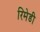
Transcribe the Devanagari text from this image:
रिमेडी